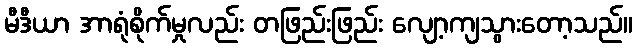
မီဒီယာ အာရုံစိုက်မှုလည်း တဖြည်းဖြည်း လျော့ကျသွားတော့သည်။